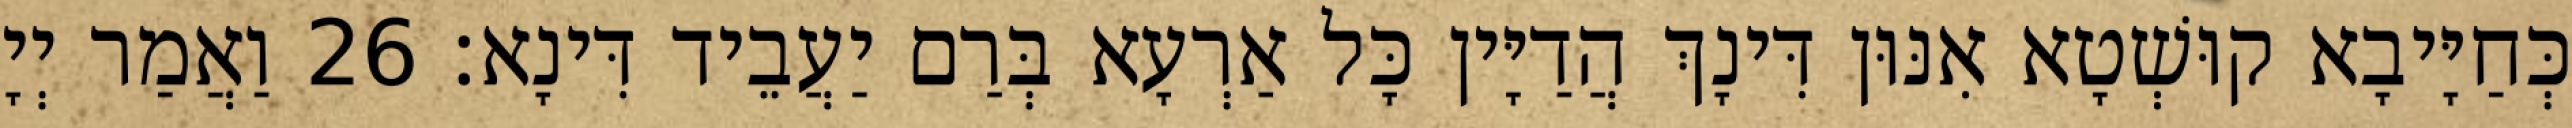
כְּחַיָּיבָא קוּשְׁטָא אִנּוּן דִּינָךְ הֲדַיָּין כָּל אַרְעָא בְּרַם יַעֲבֵיד דִּינָא׃ 26 וַאֲמַר יְיָ